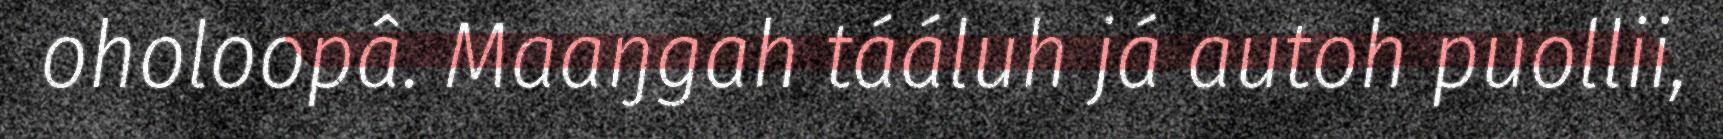
oholoopâ. Maaŋgah tááluh já autoh puollii,